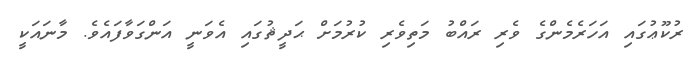
ރުކޫޢުގައި އަހަރެމެންގެ ވެރި ރައްބު މަތިވެރި ކުރުމަށް ޙަދީޘުގައި އެވަނީ އަންގަވާފައެވެ. މާނައަކީ